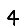
Digit: 4